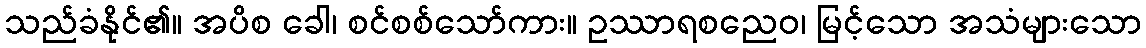
သည်ခံနိုင်၏။ အပိစ ခေါ၊ စင်စစ်သော်ကား။ ဥဿာရစညေဝ၊ မြင့်သော အသံများသော